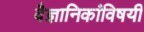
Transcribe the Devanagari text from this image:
वैज्ञानिकांविषयी